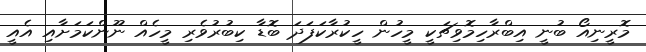
މޮރީނިއޯ ބުނީ އިބްރާހިމޮވިޗަކީ މީހުން ހީކުރާކަފަދަ ބޮޑާ ކިބުރުވެރި މީހެއް ނޫންކަމަށާއި އެއީ